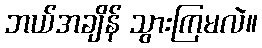
ဘယ်အချိန် သွားကြမလဲ။